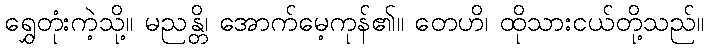
ရွှေတုံးကဲ့သို့။ မညန္တိ၊ အောက်မေ့ကုန်၏။ တေဟိ၊ ထိုသားငယ်တို့သည်။